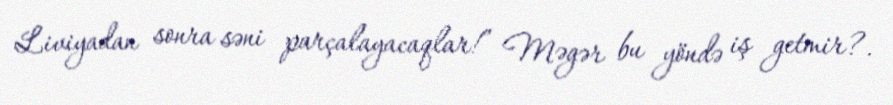
Liviyadan sonra səni parçalayacaqlar!” Məgər bu yöndə iş getmir?.